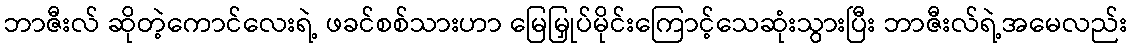
ဘာဇီးလ် ဆိုတဲ့ကောင်လေးရဲ့ ဖခင်စစ်သားဟာ မြေမြှုပ်မိုင်းကြောင့်သေဆုံးသွားပြီး ဘာဇီးလ်ရဲ့အမေလည်း